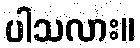
ပါသလား။